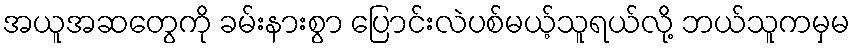
အယူအဆတွေကို ခမ်းနားစွာ ပြောင်းလဲပစ်မယ့်သူရယ်လို့ ဘယ်သူကမှမ